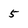
Character: 5